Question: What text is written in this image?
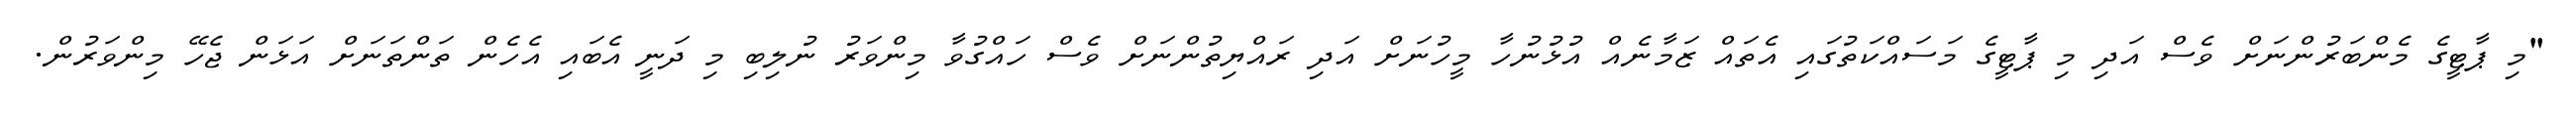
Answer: "މި ޕާޓީގެ މެންބަރުންނަށް ވެސް އަދި މި ޕާޓީގެ މަސައްކަތުގައި އެތައް ޒަމާނެއް އުޅުނުހާ މީހުނަށް އަދި ރައްޔިތުންނަށް ވެސް ހައްގުވާ މިންވަރު ނުލިބި މި ދަނީ އެބައި އެހެން ތަންތަނަށް އަޅަން ޖެހޭ މިންވަރުން.